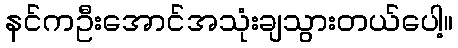
နင်ကဦးအောင်အသုံးချသွားတယ်ပေါ့။